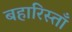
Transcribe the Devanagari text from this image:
बहारिस्ताँ